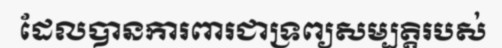
ដែលបានការពារជាទ្រព្យសម្បត្តិរបស់